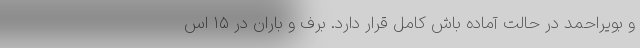
و بویراحمد در حالت آماده باش کامل قرار دارد. برف و باران در ١۵ اس